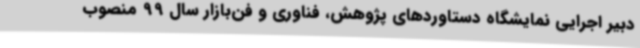
دبیر اجرایی نمایشگاه دستاوردهای پژوهش، فناوری و فن‌بازار سال 99 منصوب